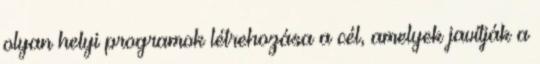
olyan helyi programok létrehozása a cél, amelyek javítják a